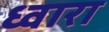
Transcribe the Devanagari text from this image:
ध्वारा